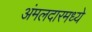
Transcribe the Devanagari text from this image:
अंमलदारमध्ये